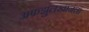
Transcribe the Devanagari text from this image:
अफझुलखानला